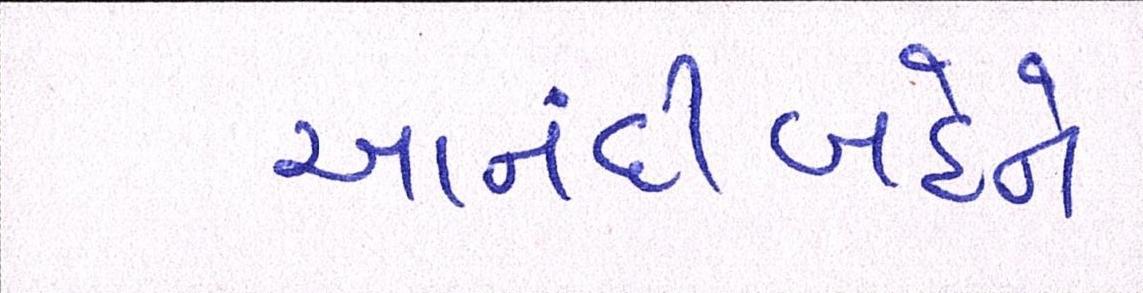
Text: આનંદીબહેને